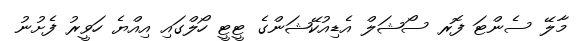
މާލޭ ސެންޓަ ފޮރ ސޯޝަލް އެޑިއުކޭޝަންގެ ޓީޓީ ހޯލްގައި އިއްޔެ ހަވީރު ފެށުނު